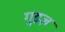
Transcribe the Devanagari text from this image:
गुइज़